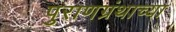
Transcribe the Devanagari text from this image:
पुराणग्रंथाच्या